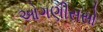
ઓગણીસસો